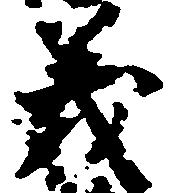
義